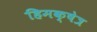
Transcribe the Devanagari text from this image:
हिमक्षेत्र